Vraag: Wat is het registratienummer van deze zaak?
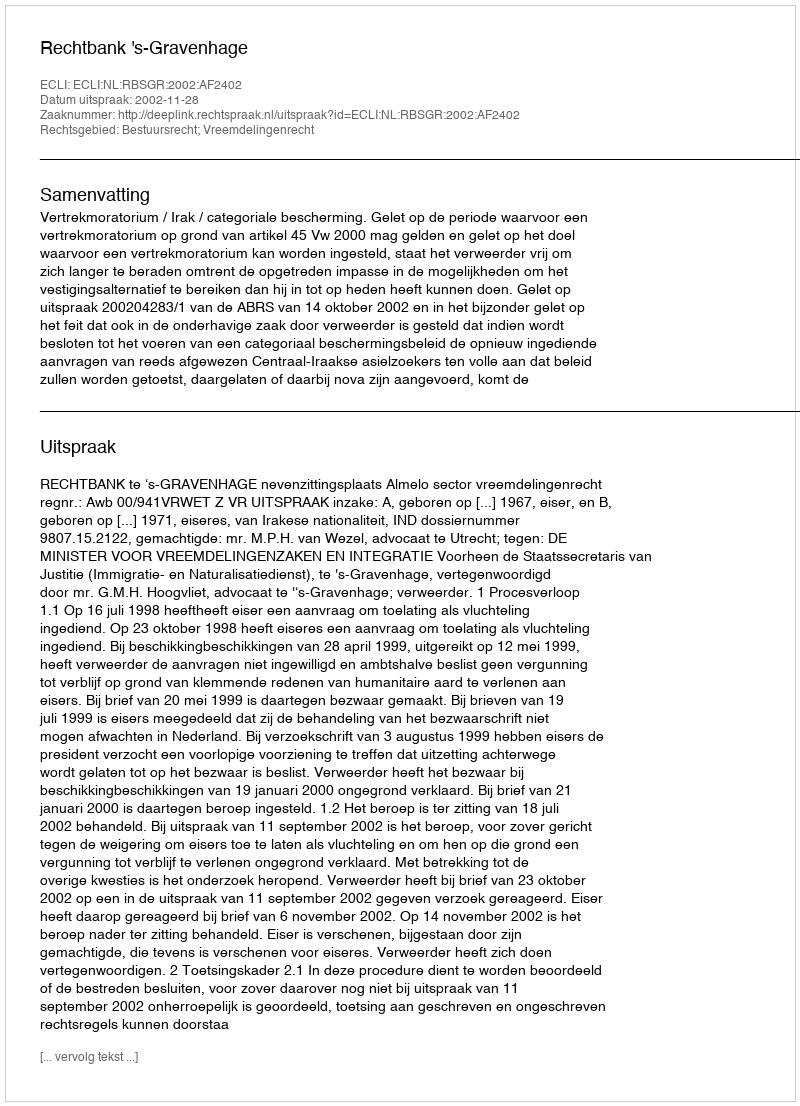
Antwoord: http://deeplink.rechtspraak.nl/uitspraak?id=ECLI:NL:RBSGR:2002:AF2402